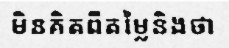
មិនគិតពីតម្លៃនិងថា